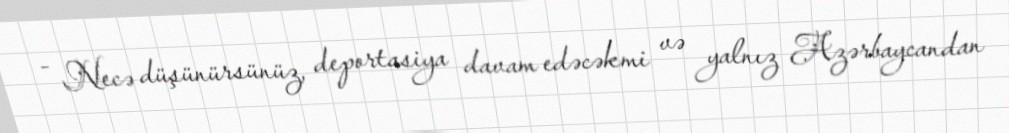
- Necə düşünürsünüz, deportasiya davam edəcəkmi və yalnız Azərbaycandan